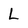
Character: L